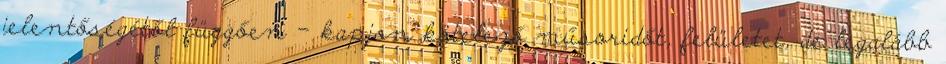
jelentőségétől függően – kapjon kötelező műsoridőt, felületet, de legalább